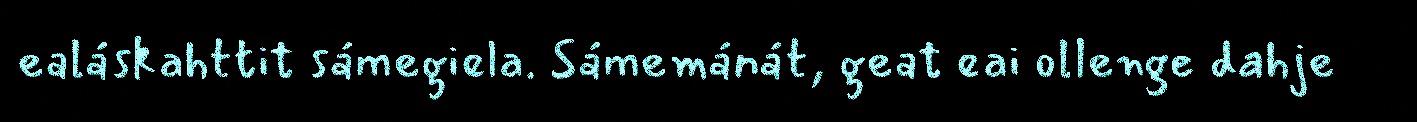
ealáskahttit sámegiela. Sámemánát, geat eai ollenge dahje